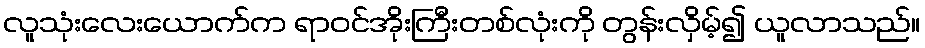
လူသုံးလေးယောက်က ရာဝင်အိုးကြီးတစ်လုံးကို တွန်းလှိမ့်၍ ယူလာသည်။